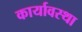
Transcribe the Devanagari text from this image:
कार्यावस्था